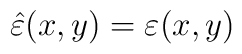
\hat{\varepsilon }(x,y)=\varepsilon (x,y)